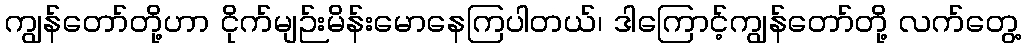
ကျွန်တော်တို့ဟာ ငိုက်မျဉ်းမိန်းမောနေကြပါတယ်၊ ဒါကြောင့်ကျွန်တော်တို့ လက်တွေ့